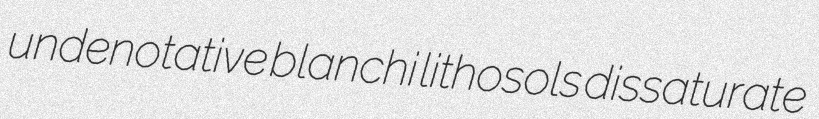
undenotative blanchi lithosols dissaturate